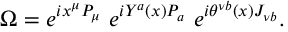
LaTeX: \Omega = e ^ { i x ^ { \mu } P _ { \mu } } \ e ^ { i Y ^ { a } ( x ) P _ { a } } \ e ^ { i \theta ^ { \nu b } ( x ) J _ { \nu b } } .